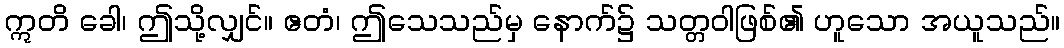
ဣတိ ခေါ၊ ဤသို့လျှင်။ ဧတံ၊ ဤသေသည်မှ နောက်၌ သတ္တဝါဖြစ်၏ ဟူသော အယူသည်။